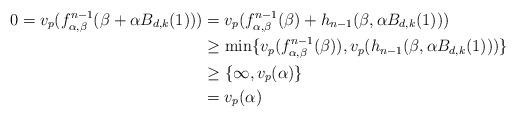
LaTeX: \begin{align*} 0 = v_p(f^{n-1}_{\alpha, \beta}(\beta + \alpha B_{d,k}(1))) &= v_p(f^{n-1}_{\alpha, \beta}(\beta) + h_{n-1}(\beta, \alpha B_{d,k}(1))) \\ & \geq \min \{ v_p(f^{n-1}_{\alpha, \beta}(\beta)), v_p(h_{n-1} (\beta, \alpha B_{d,k}(1))) \} \\ & \geq \{ \infty, v_p(\alpha) \} \\ &= v_p(\alpha)\end{align*}